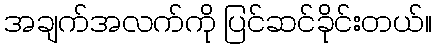
အချက်အလက်ကို ပြင်ဆင်ခိုင်းတယ်။